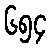
၆၅၄